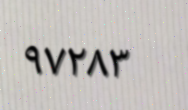
٩٧٢٨٣